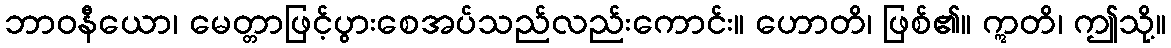
ဘာဝနီယော၊ မေတ္တာဖြင့်ပွားစေအပ်သည်လည်းကောင်း။ ဟောတိ၊ ဖြစ်၏။ ဣတိ၊ ဤသို့။